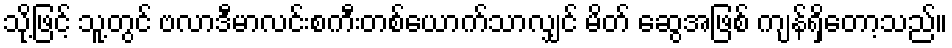
သို့ဖြင့် သူ့တွင် ဗလာဒီမာလင်းစကီးတစ်ယောက်သာလျှင် မိတ် ဆွေအဖြစ် ကျန်ရှိတော့သည်။